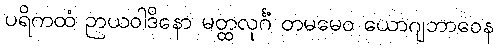
ပရိကထံ ဉာယဝါဒိနော မတ္ထလုင်္ဂံ တမမေဝ ယောဂျဘာဝေန